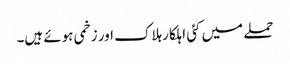
حملے میں کئی اہلکار ہلاک اور زخمی ہوئے ہیں۔